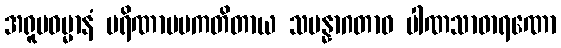
အရူပဓမ္မာနံ ပရိဏာမပကတိတာယ သမန္နာဂတာဝ ပါဏသာဓာရဏော